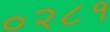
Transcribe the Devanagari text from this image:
०२८१